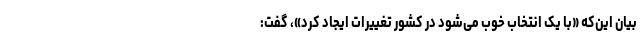
بیان این‌که «با یک انتخاب خوب می‌شود در کشور تغییرات ایجاد کرد»، گفت: